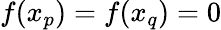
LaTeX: f(x_{p})=f(x_{q})=0